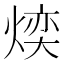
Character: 㷜